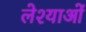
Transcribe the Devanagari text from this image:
लेश्याओं